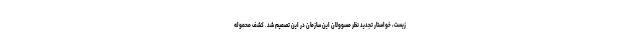
زیست، خواستار تجدید نظر مسوولان این سازمان در این تصمیم شد. کشف محموله